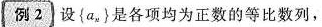
例2设{a_{n}}是各项均为正数的等比数列，